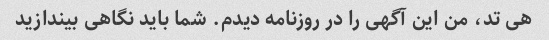
هی تد، من این آگهی را در روزنامه دیدم. شما باید نگاهی بیندازید